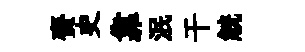
賚史靠泯干觥